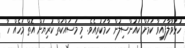
ހުޅުވާލާފައިވާ ކަމަށް ކައުންސިލުން ހާމަކުރިއެވެ. މި މަސައްކަތް ކުރިޔަށް އޮތް މަހެއް ހާ